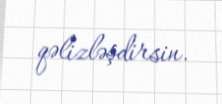
qəlizləşdirsin.